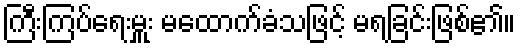
ကြီးကြပ်ရေးမှူး မထောက်ခံသဖြင့် မရခြင်းဖြစ်၏။